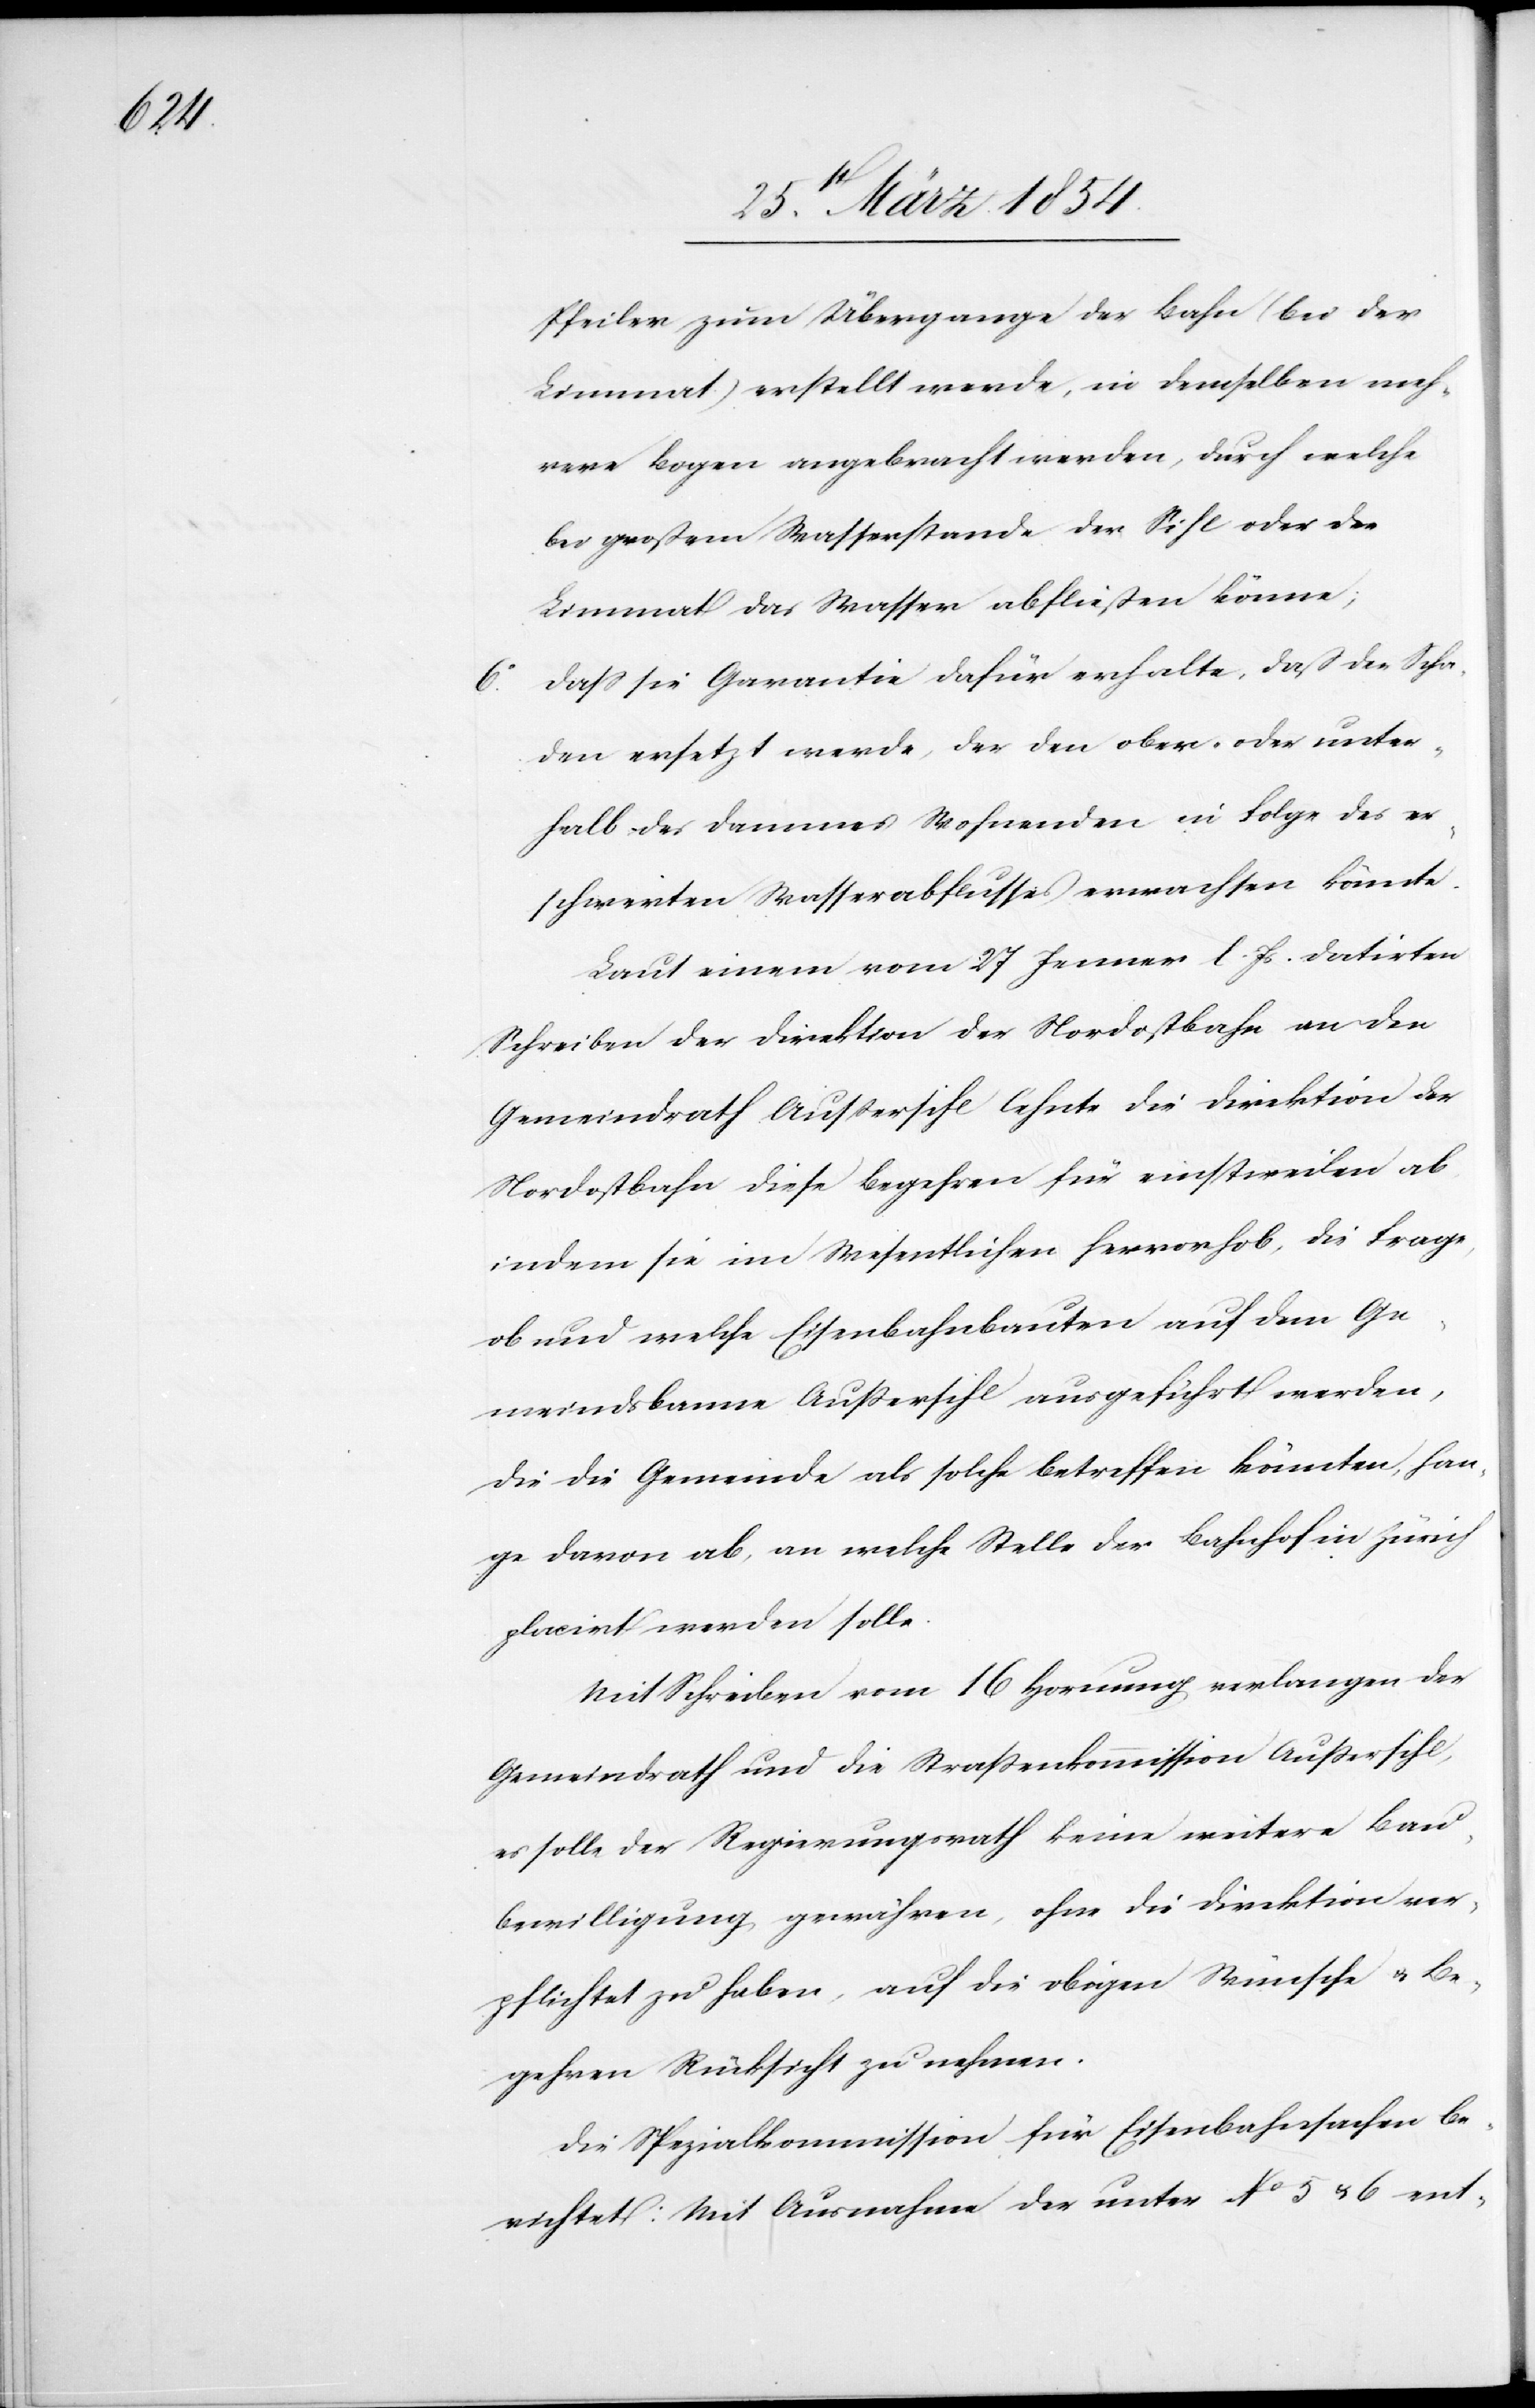
Pfeiler zum Übergange der Bahn (bei der
Limmat) erstellt werde, in demselben meh¬
rere Bogen angebracht werden, durch welche
bei großem Wasserstand der Sihl oder der
Limmat das Wasser abfließen könne;
Daß sie Garantie dafür erhalte, daß der Scha¬
den ersetzt werde, der den ober- oder unter¬
halb des Dammes Wohnenden in Folge des er¬
schwerten Wasserabflusses erwachsen könnte.
Laut einem vom 27 Jenner l. Js datirten
Schreiben der Direktion der Nordostbahn an den
Gemeindrath Außersihl lehnte die Direktion der
Nordostbahn dieses Begehren für einstweilen ab,
indem sie im Wesentlichen hervorhob, die Frage,
ob und welche Eisenbahnbauten auf dem Ge¬
meindsbanne Außersihl ausgeführt werde,
die die Gemeinde als solche betreffen könnten, han¬
ge davon ab, an welche Stelle der Bahnhof in Zürich
placirt werden solle.
Mit Schreiben vom 16 Hornung verlangen der
Gemeindrath und die Straßenkommission Außersihl,
es solle der Regierungsrath keine weitere Bau¬
bewilligung gewähren, ohne die Direktion ver¬
pflichtet zu haben, auf die obigen Wünsche u. Be¬
gehren Rücksicht zu nehmen.
Die Spezialkommission für Eisenbahnsachen be¬
richtet: Mit Ausnahme der unter No 5 u. 6 ent-